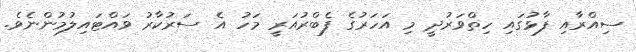
ސިއްރާއި ފާޅުގައި ހިތްވަރުދީ މި އަހަރުގެ ފެބްރުއަރީ މަހު އެ ސަރުކާރު ވައްޓައިލުމުންނެވެ.